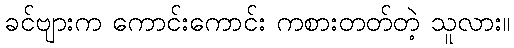
ခင်ဗျားက ကောင်းကောင်း ကစားတတ်တဲ့ သူလား။